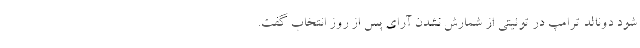
شود دونالد ترامپ در توئیتی از شمارش نشدن آرای پس از روز انتخاب گفت.